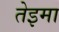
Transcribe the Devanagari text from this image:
तेइमा